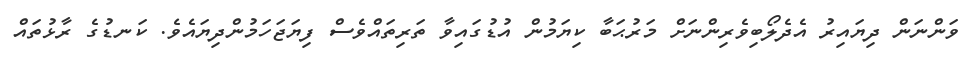
ވަންނަން ދިޔައިރު އެދެލޯބިވެރިންނަށް މަރުޙަބާ ކިޔަމުން އުޑުގައިވާ ތަރިތައްވެސް ފިޔަޖަހަމުންދިޔައެވެ. ކަނޑުގެ ރާޅުތައް